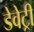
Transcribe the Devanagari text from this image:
डेवेट्री